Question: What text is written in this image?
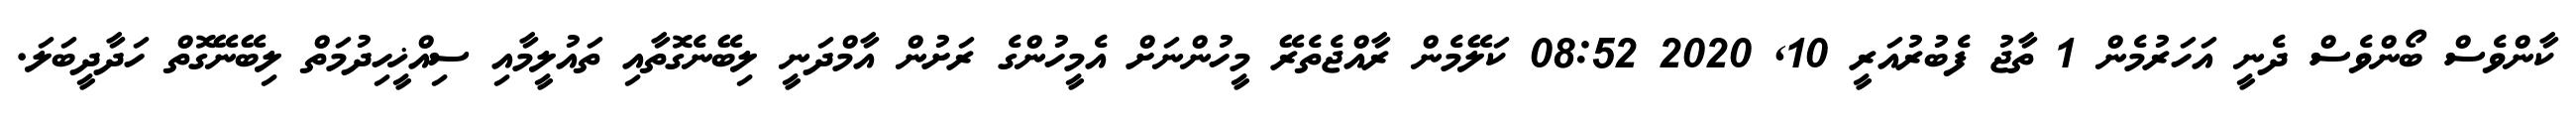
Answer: ކާންވެސް ބޯންވެސް ދެނީ އަހަރުމެން 1 ތާޖު ފެބުރުއަރީ 10, 2020 08:52 ކަލޭމެން ރާއްޖެތެރޭ މީހުންނަށް އެމީހުންގެ ރަށުން އާމްދަނީ ލިބޭނެގޮތާއި ތައުލީމާއި ސިއްޚީހިދުމަތް ލިބޭނޭގޮތް ހަދާދީބަލަ.